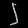
Digit: ၂